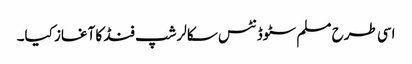
اسی طرح مسلم سٹوڈنٹس سکالرشپ فنڈ کا آغاز کیا۔